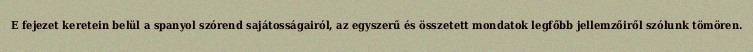
E fejezet keretein belül a spanyol szórend sajátosságairól, az egyszerű és összetett mondatok legfőbb jellemzőiről szólunk tömören.